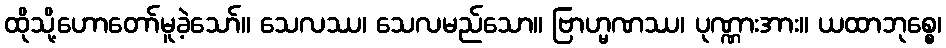
ထိုသို့ဟောတော်မူခဲ့သော်။ သေလဿ၊ သေလမည်သော။ ဗြာဟ္မဏဿ၊ ပုဏ္ဏားအား။ ယထာဘုစ္စေ၊